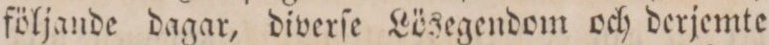
följande dagar, diverſe Lösegendom och derjemte